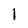
Character: I